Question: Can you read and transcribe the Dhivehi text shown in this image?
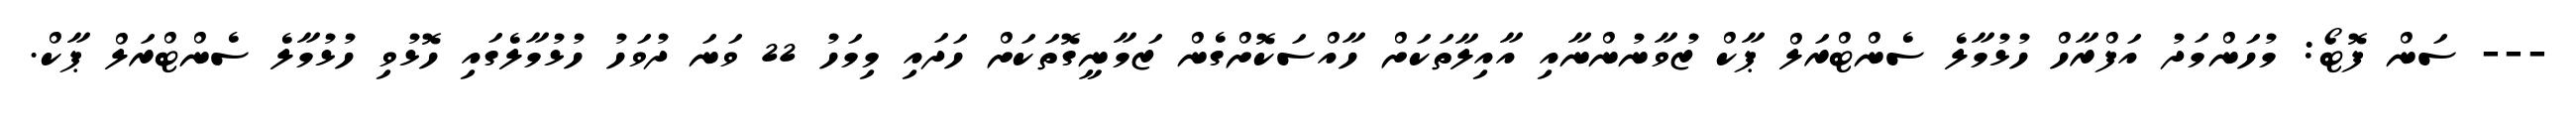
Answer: --- ސަން ފޮޓޯ: މުހަންމަދު އަފްރާހް ހުޅުމާލެ ސެންޓްރަލް ޕާކް ޒުވާނުންނާއި އާއިލާތަކަށް ހާއްސަކޮށްގެން ޒަމާނީގޮތަކަށް ހަދައި މިމަހު 22 ވަނަ ދުވަހު ހުޅުމާލެގައި ހޮޅުވި ހުޅުމާލެ ސެންޓްރަލް ޕާކް.